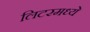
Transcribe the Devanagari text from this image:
लिटरमध्ये